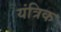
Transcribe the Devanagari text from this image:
यंत्रिक